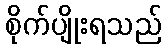
စိုက်ပျိုးရသည်